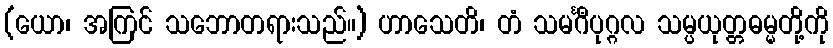
(ယော၊ အကြင် သဘောတရားသည်။) ဟာသေတိ၊ တံ သမင်္ဂီပုဂ္ဂလ သမ္ပယုတ္တဓမ္မတို့ကို